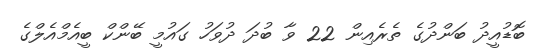
ބޮޑުއީދު ބަންދުގެ ތެރެއިން 22 ވާ ބުދަ ދުވަހު ގައުމީ ބޭންކް ބީއެމްއެލްގެ